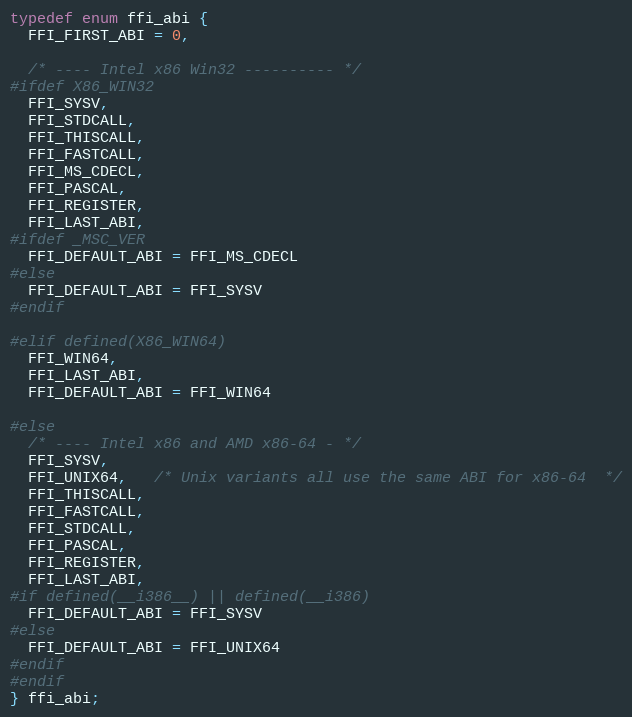
Language: C
typedef enum ffi_abi {
  FFI_FIRST_ABI = 0,

  /* ---- Intel x86 Win32 ---------- */
#ifdef X86_WIN32
  FFI_SYSV,
  FFI_STDCALL,
  FFI_THISCALL,
  FFI_FASTCALL,
  FFI_MS_CDECL,
  FFI_PASCAL,
  FFI_REGISTER,
  FFI_LAST_ABI,
#ifdef _MSC_VER
  FFI_DEFAULT_ABI = FFI_MS_CDECL
#else
  FFI_DEFAULT_ABI = FFI_SYSV
#endif

#elif defined(X86_WIN64)
  FFI_WIN64,
  FFI_LAST_ABI,
  FFI_DEFAULT_ABI = FFI_WIN64

#else
  /* ---- Intel x86 and AMD x86-64 - */
  FFI_SYSV,
  FFI_UNIX64,   /* Unix variants all use the same ABI for x86-64  */
  FFI_THISCALL,
  FFI_FASTCALL,
  FFI_STDCALL,
  FFI_PASCAL,
  FFI_REGISTER,
  FFI_LAST_ABI,
#if defined(__i386__) || defined(__i386)
  FFI_DEFAULT_ABI = FFI_SYSV
#else
  FFI_DEFAULT_ABI = FFI_UNIX64
#endif
#endif
} ffi_abi;